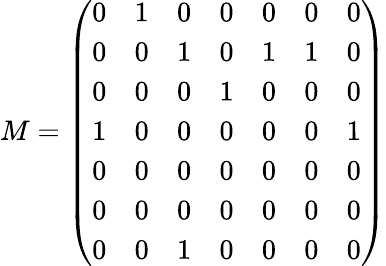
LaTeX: M=\left(\begin{array}{ccccccc}{0}&{1}&{0}&{0}&{0}&{0}&{0}\\ {0}&{0}&{1}&{0}&{1}&{1}&{0}\\ {0}&{0}&{0}&{1}&{0}&{0}&{0}\\ {1}&{0}&{0}&{0}&{0}&{0}&{1}\\ {0}&{0}&{0}&{0}&{0}&{0}&{0}\\ {0}&{0}&{0}&{0}&{0}&{0}&{0}\\ {0}&{0}&{1}&{0}&{0}&{0}&{0}\end{array}\right)